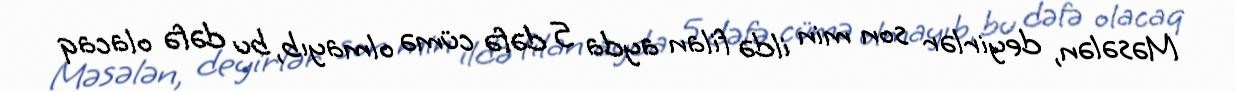
Məsələn, deyirlər son min ildə filan ayda 5 dəfə cümə olmayıb, bu dəfə olacaq